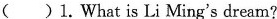
（ ）1.What is Li Ming's dream?